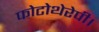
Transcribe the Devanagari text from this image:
फोटोथेरेपी।